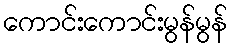
ကောင်းကောင်းမွန်မွန်